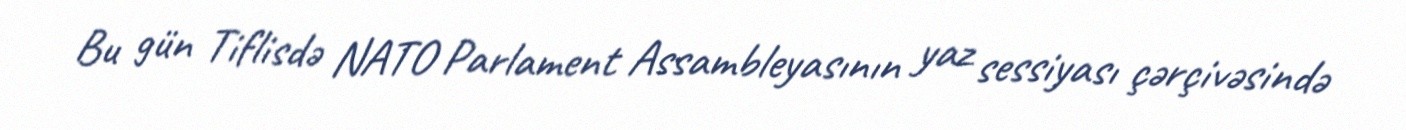
Bu gün Tiflisdə NATO Parlament Assambleyasının yaz sessiyası çərçivəsində